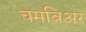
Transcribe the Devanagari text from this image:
चमबिअर